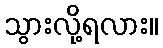
သွားလို့ရလား။